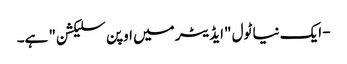
- ایک نیا ٹول "ایڈیٹر میں اوپن سلیکشن" ہے۔